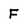
Character: F